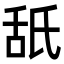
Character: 舐